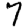
Digit: 7